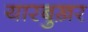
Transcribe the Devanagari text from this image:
यारबुख़र